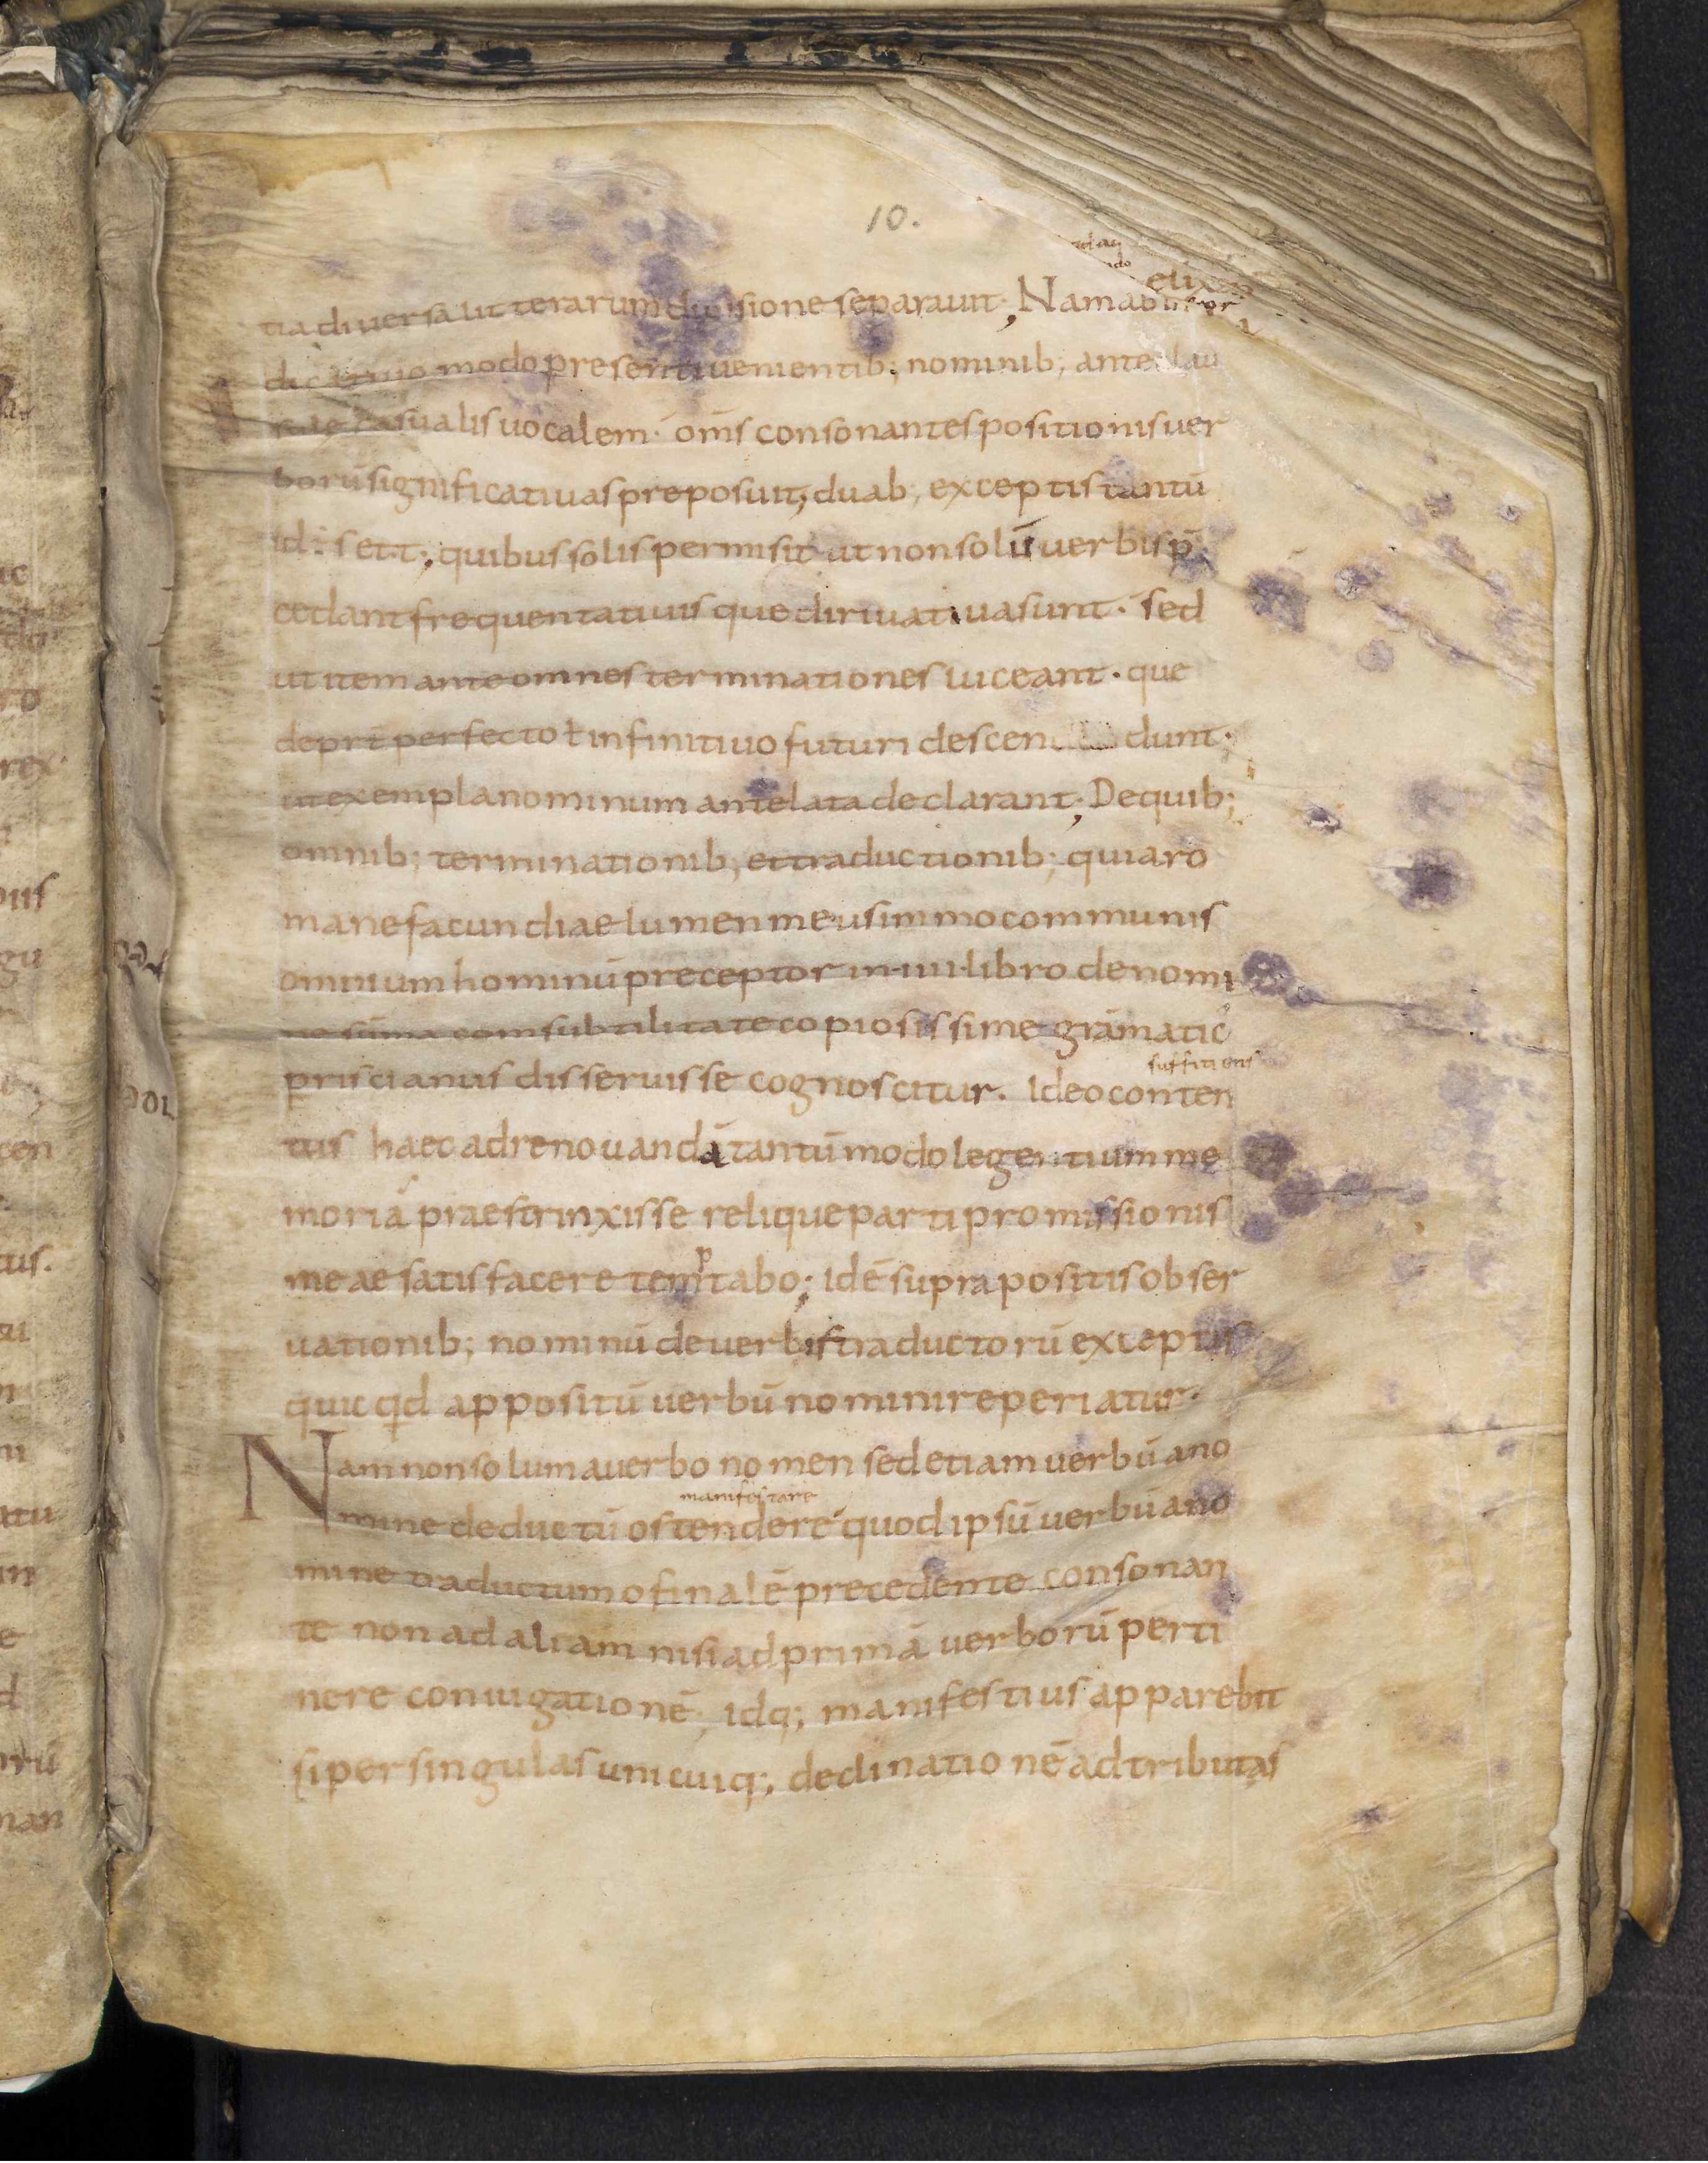
Shelfmark: Leiden, Bibliotheek der Rijksuniversiteit, Voss. Lat. O 41
Century: 9